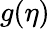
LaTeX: g(\eta)